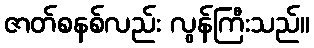
ဇာတ်စနစ်လည်း လွန်ကြီးသည်။